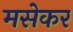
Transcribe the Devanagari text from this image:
मसेकर